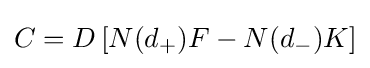
C=D\left[N(d_{+})F-N(d_{-})K\right]